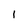
Character: 1